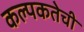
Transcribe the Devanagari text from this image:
कल्पकतेची